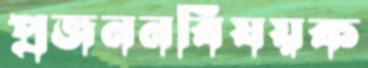
প্রজননবিষয়ক